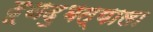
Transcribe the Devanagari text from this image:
दूधदुभत्याला